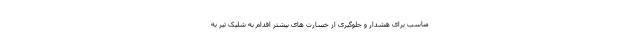
مناسب برای هشدار و جلوگیری از خسارت های بیشتر اقدام به شلیک تیر به